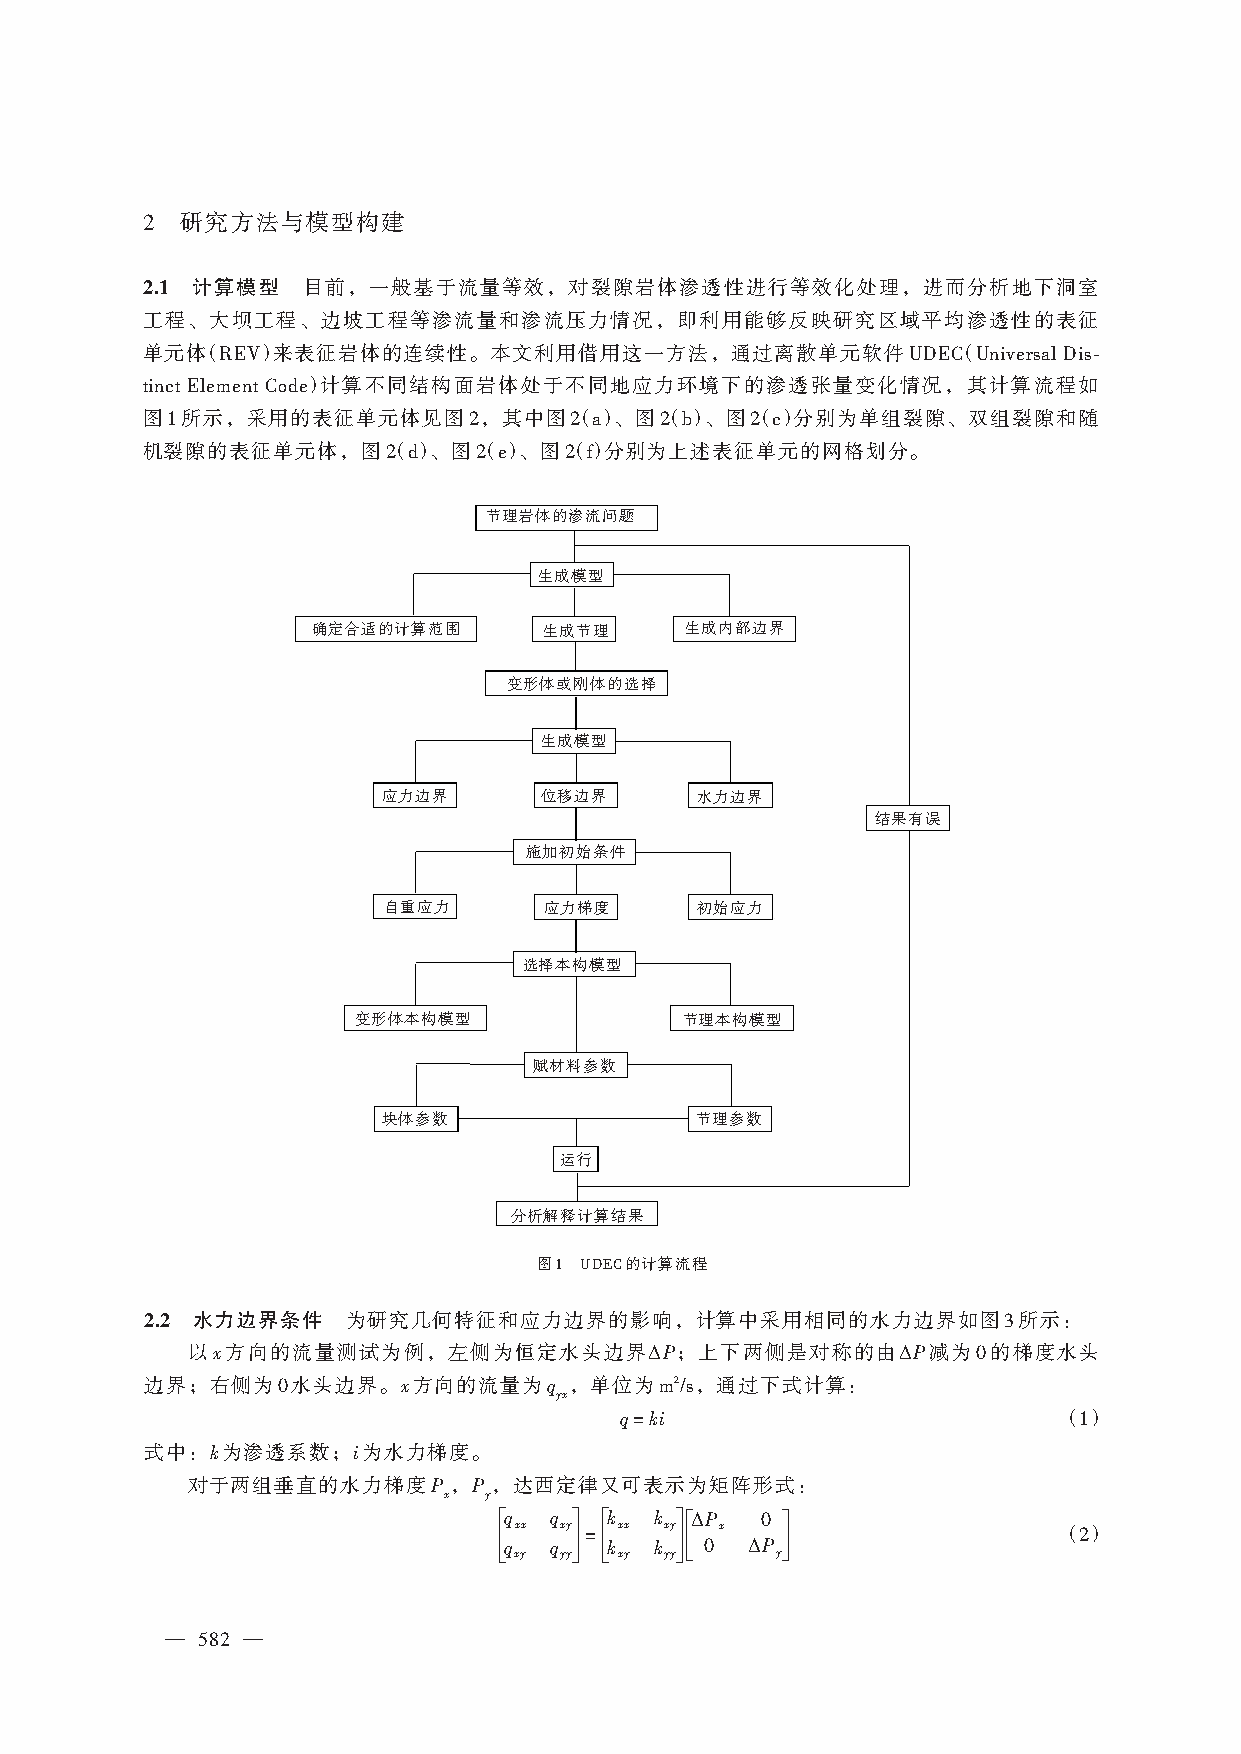
研究方法与模型构建
 2
 2.1 计算模型   目前，一般基于流量等效，对裂隙岩体渗透性进行等效化处理，进而分析地下洞室
 工程、大坝工程、边坡工程等渗流量和渗流压力情况，即利用能够反映研究区域平均渗透性的表征
 单元体（    ）来表征岩体的连续性。本文利用借用这一方法，通过离散单元软件                （
 REV                                           UDEC UniversalDis⁃
 ）计算不同结构面岩体处于不同地应力环境下的渗透张量变化情况，其计算流程如
 tinct Element Code
 图  所示，采用的表征单元体见图       ，其中图  （）、图  （）、图  （）分别为单组裂隙、双组裂隙和随
 1                   2      2 a   2 b   2 c
 机裂隙的表征单元体，图      （）、图  （）、图  （）分别为上述表征单元的网格划分。
 2 d  2 e   2 f
 节理岩体的渗流问题
 生成模型
 确定合适的计算范围      生成节理     生成内部边界
 变形体或刚体的选择
 生成模型
 应力边界       位移边界      水力边界
 结果有误
 施加初始条件
 自重应力       应力梯度      初始应力
 选择本构模型
 变形体本构模型              节理本构模型
 赋材料参数
 块体参数                 节理参数
 运行
 分析解释计算结果
 图    的计算流程
 1 UDEC
 2.2 水力边界条件   为研究几何特征和应力边界的影响，计算中采用相同的水力边界如图              所示：
 3
 以x方向的流量测试为例，左侧为恒定水头边界ΔP；上下两侧是对称的由ΔP减为                 的梯度水头
 0
 边界；右侧为   水头边界。x方向的流量为q      ，单位为   2 ，通过下式计算：
 0                  yx     m /s
 q=ki                         （）
 1
 式中：k为渗透系数；i为水力梯度。
 对于两组垂直的水力梯度P      ，P ，达西定律又可表示为矩阵形式：
 x  y
 éq q ù ék k ùéΔP   ù
 ê xx xy ú=ê xx xy úê x 0 ú           （）
 ëq xy q yyû ëk xy k yyûë 0 ΔP yû      2
 — 582 —